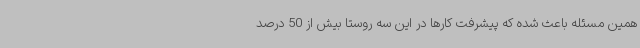
همین مسئله باعث شده که پیشرفت کارها در این سه روستا بیش از 50 درصد